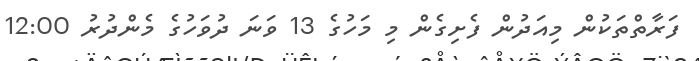
ފަރާތްތަކުން މިއަދުން ފެށިގެން މި މަހުގެ 13 ވަނަ ދުވަހުގެ މެންދުރު 12:00